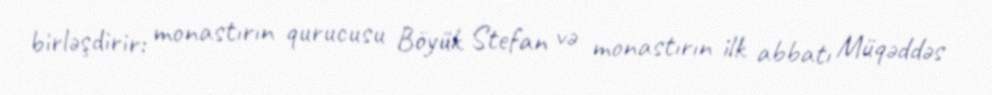
birləşdirir: monastırın qurucusu Böyük Stefan və monastırın ilk abbatı Müqəddəs